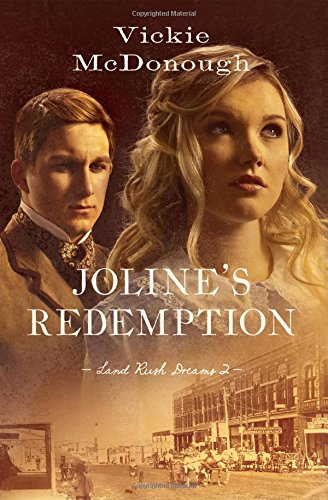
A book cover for Joline's Redemption (Land Rush Dreams); Vickie McDonough; Romance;